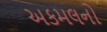
અકમલનો